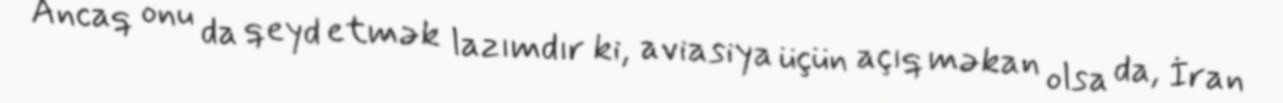
Ancaq onu da qeyd etmək lazımdır ki, aviasiya üçün açıq məkan olsa da, İran